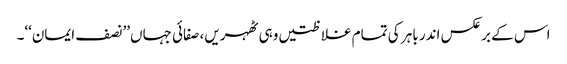
اس کے برعکس اندر باہر کی تمام غلاظتیں وہی ٹھہریں، صفائی جہاں’’نصف ایمان‘‘۔